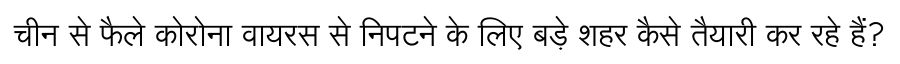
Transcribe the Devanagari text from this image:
चीन से फैले कोरोना वायरस से निपटने के लिए बड़े शहर कैसे तैयारी कर रहे हैं?